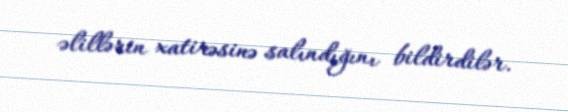
əlillərin xatirəsinə salındığını bildirdilər.